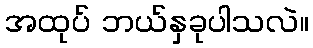
အထုပ် ဘယ်နှခုပါသလဲ။